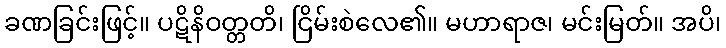
ခဏခြင်းဖြင့်။ ပဋိနိဝတ္တတိ၊ ငြိမ်းစဲလေ၏။ မဟာရာဇ၊ မင်းမြတ်။ အပိ၊